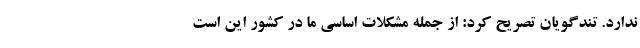
ندارد. تندگویان تصریح کرد: از جمله مشکلات اساسی ما در کشور این است